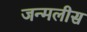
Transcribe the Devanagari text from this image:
जन्मलीस